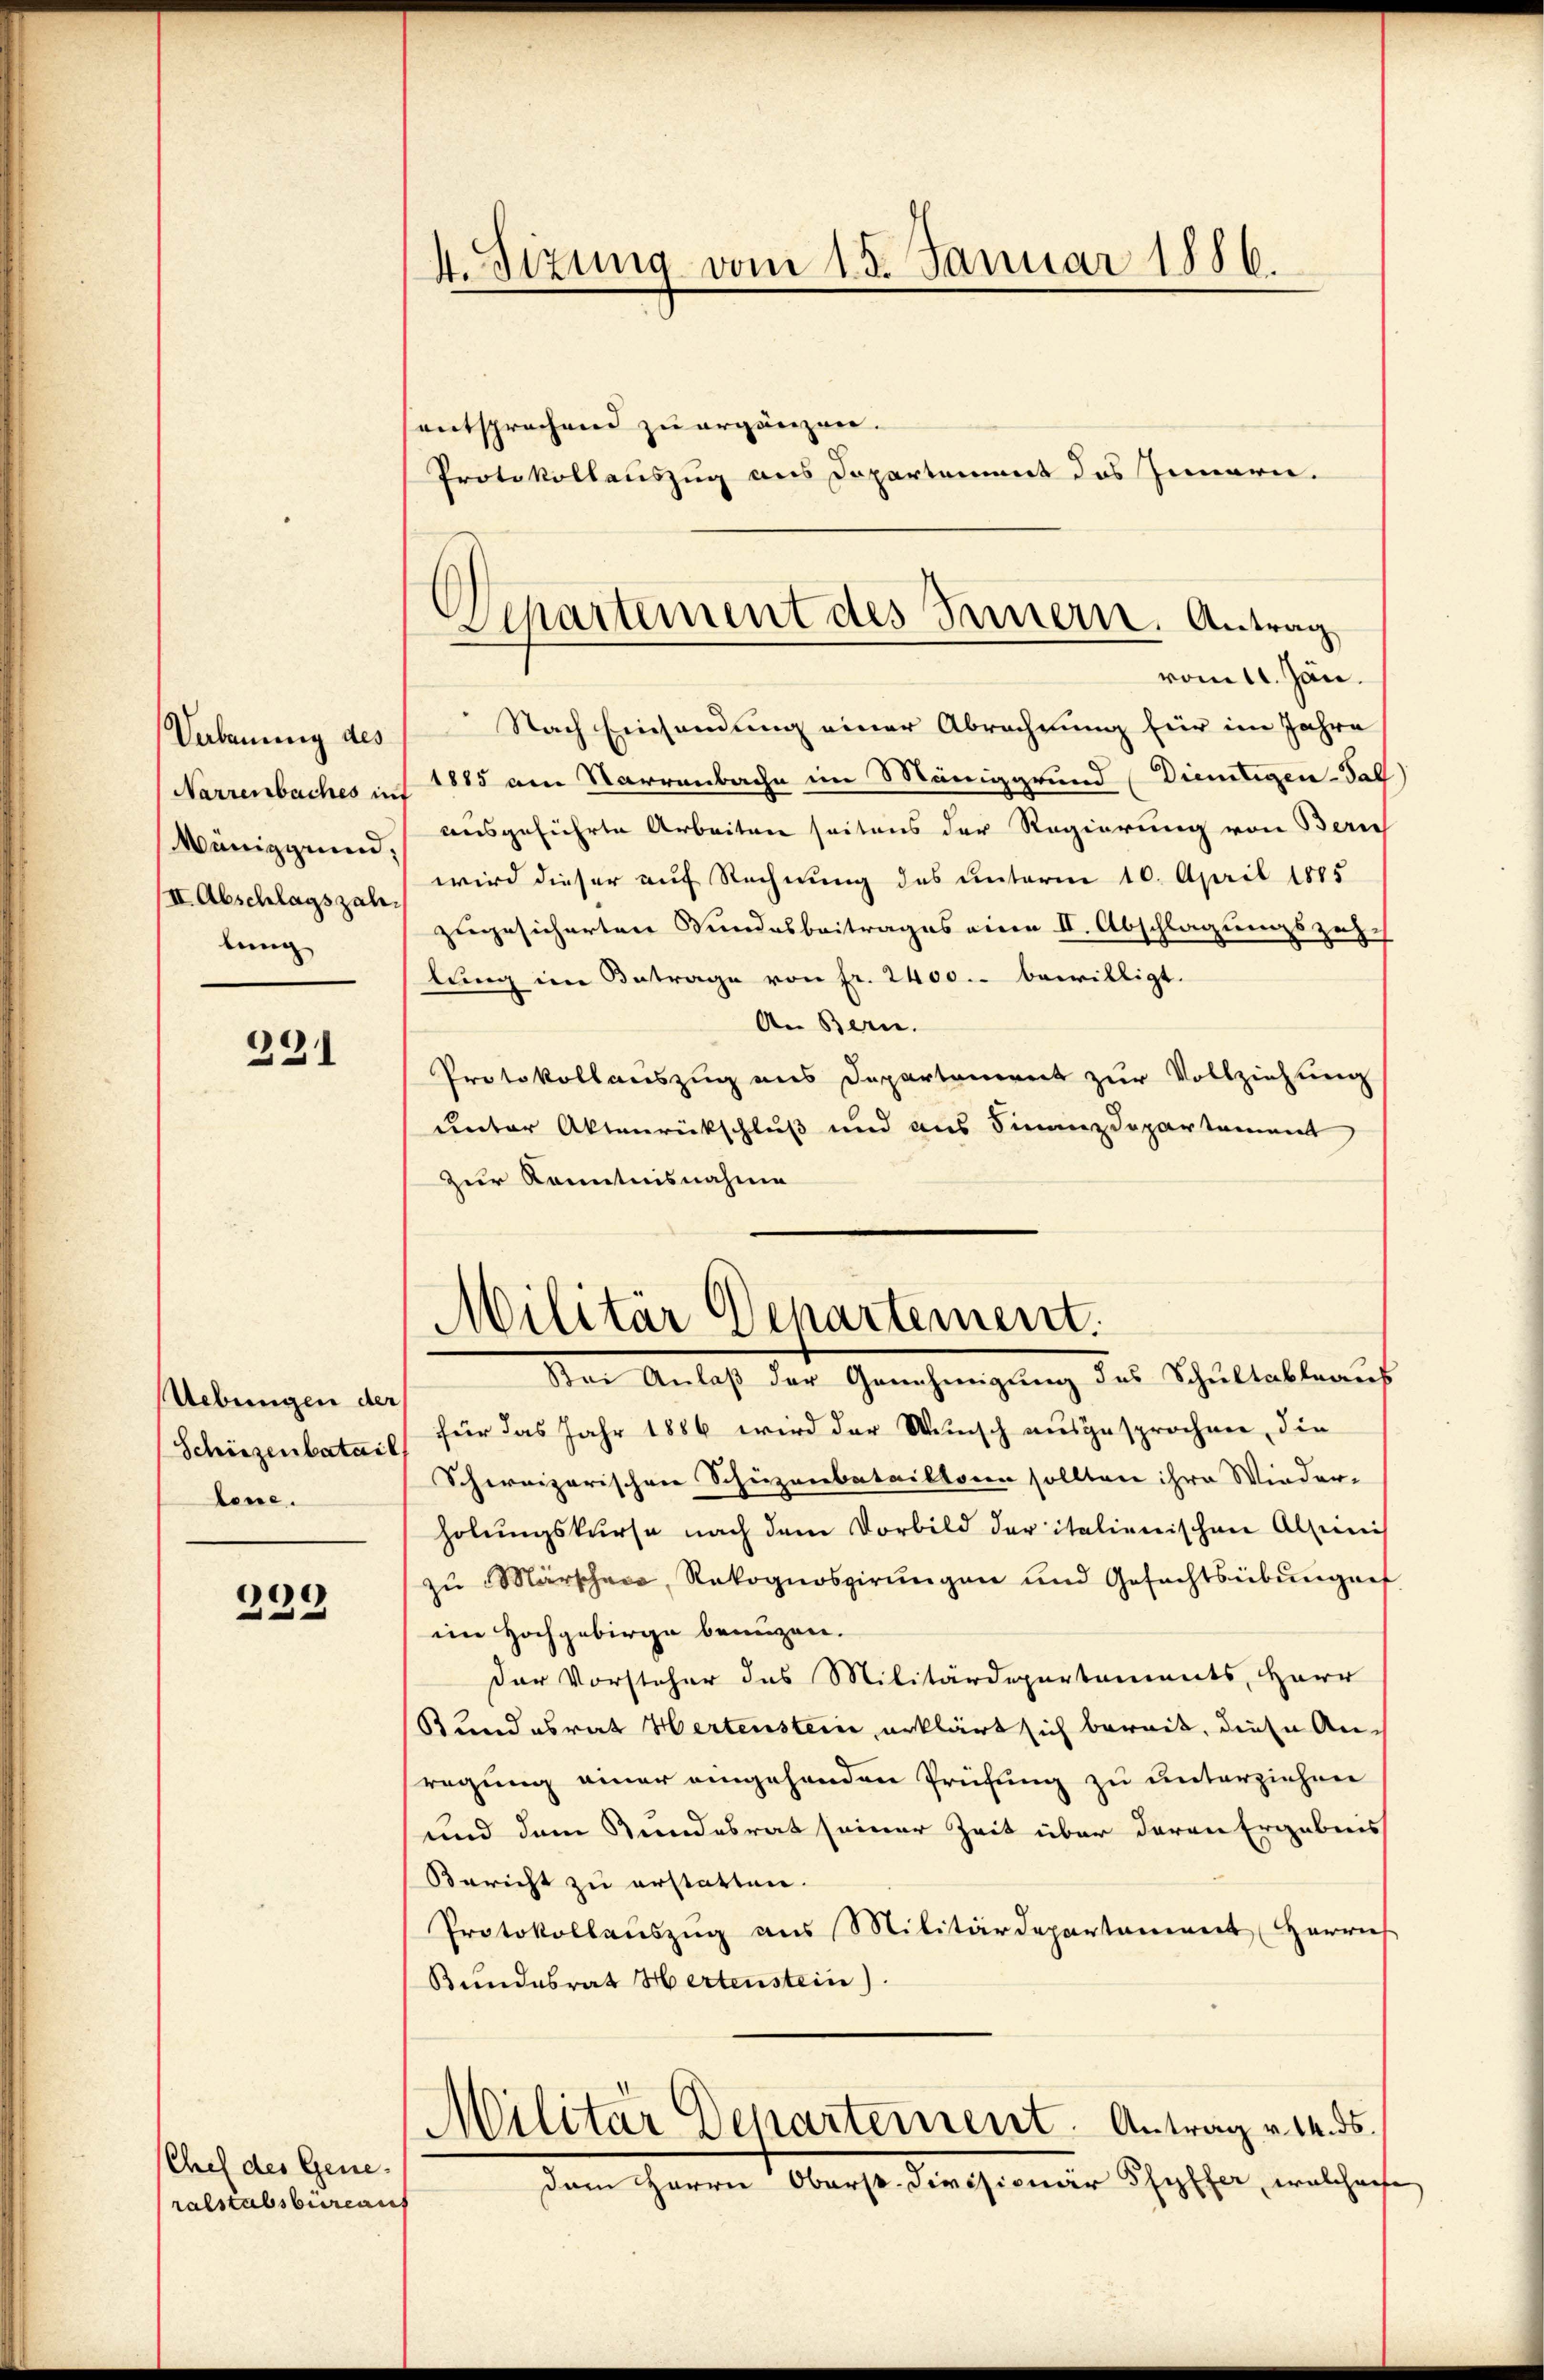
Verbauung des
Narrenbaches in
Wünigg und:
III. Abschlagszahlung

231

Uebungen der
Schinzenbatail
Aene.

106)
e

Chef des Generalstabsbureaut

4. Sizung vom 15. Januar 1886.

entsprechend zu ergänzen.

Protokollauszug aus Departement des Innern.

Departement des Innern. Antrag
vom 11. Jän.

Militär Departement.
Bei Anlaß der Genehmigung des Schultableaus

Nach Einsendung einer Abrechnung für im Jahre
1885 am Narrenbache im Maniggrund Dientigen-Tall
ausgeführte Arbeiten seitens der Regierung von Bern
wird dieser auf Rechnung des unterm 10. April 1885
zugesicherten Sundesbeitrages eine II. Abschlagungszeh
lŭng im Betrage von fr. 2400.- bewilligt.
An Berne.
Protokollauszug aus Departement zur Vollziehung
ueter Aktenrückschluß und aus Finanzdepartement
zur Kenntnisnahme
für das Jahr 1886 wird der Wunsch ausgesprochen, die
Schweizerischen Schuzenbatailtoren sollten ihre Wieder-
holungskurse nach dem Vorbild der italienischen Alleris
zu Märschen, Rekognoszirungen und Gefechtsübungef
im Hochgebirge benuzen.
Der Vorsteher das Militärdepartements, Herr
Rundesrat Hertenstein, erklärt sich bereit, diese Anregung einer eingehenden Prüfung zu unterziehen
und dem Kundesrat seiner Zeit über daran Ergebnis
Bericht zu erstatten.
Protokollaŭszŭg aŭs Militärdepartanenert Harrief
Bundesrat Hertenstein)
Militär Departement. Antrag v. M. ds.
Dem Herrn Oberst-Divisionär Pfyffer, welcharfe